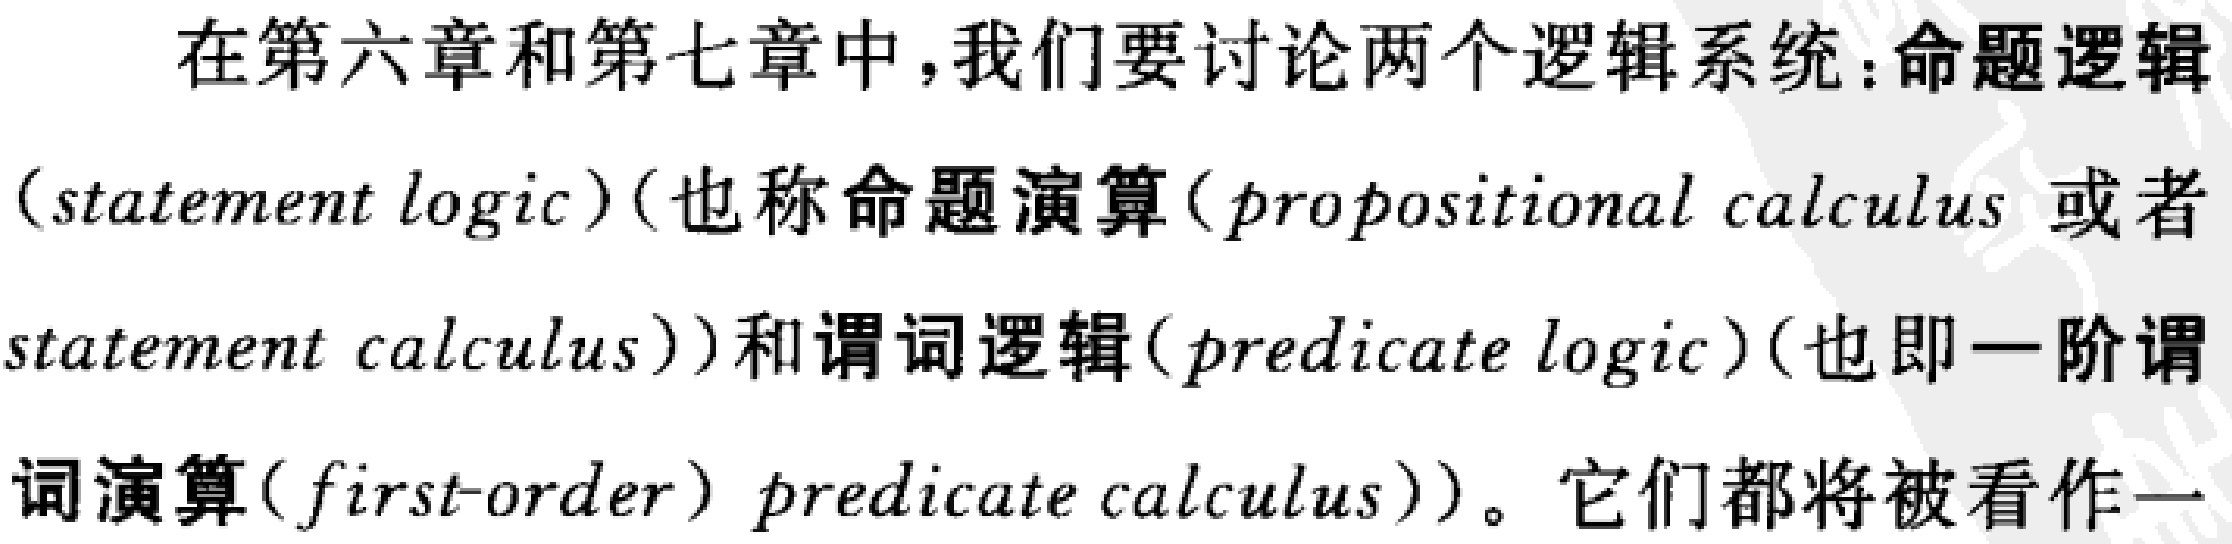
在第六章和第七章中，我们要讨论两个逻辑系统：命题逻辑（statement logic）（也称命题演算（propositional calculus 或者statement calculus））和谓词逻辑（predicate logic）（也即一阶谓词演算（first-order）predicate calculus）。它们都将被看作一